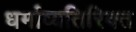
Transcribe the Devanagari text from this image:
धर्माव्यतिरिक्त